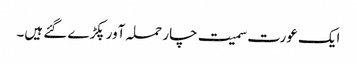
ایک عورت سمیت چار حملہ آور پکڑے گئے ہیں۔